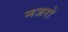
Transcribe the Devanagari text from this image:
नजरो